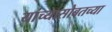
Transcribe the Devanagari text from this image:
यांच्यासोबतच्या